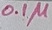
Text: 0.1µ